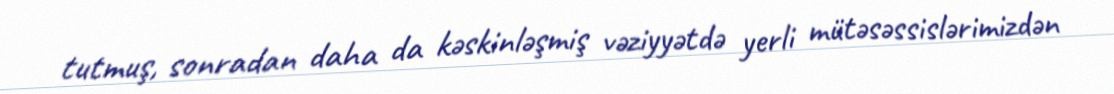
tutmuş, sonradan daha da kəskinləşmiş vəziyyətdə yerli mütəsəssislərimizdən